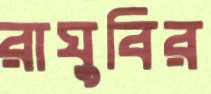
রাঘুবির